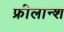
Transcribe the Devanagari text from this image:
फ्रीलान्श